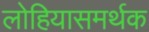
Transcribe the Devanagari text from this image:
लोहियासमर्थक